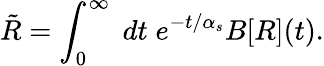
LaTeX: \tilde{R}=\int_{0}^{\infty}\; dt\; e^{-t/\alpha_{s}}B[R](t).